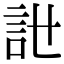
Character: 𧥨